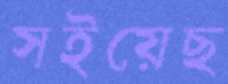
সইয়েছ